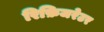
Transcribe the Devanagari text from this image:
रिफ़िजरेटर